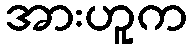
အားဟူက